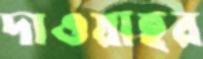
দাওয়াহর